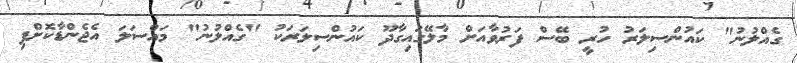
ގެއްލުނު" ކައުންސިލަރު ހުރީ ބޭސް ފަރުވާއަށް މާލޭގައިގާދޫ ކައުންސިލަރަކު "ގެއްލުނު" މައްސަލަ އެޖެންޑާކޮށްފި